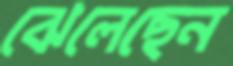
ঝেলেছেন